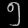
Digit: ၅